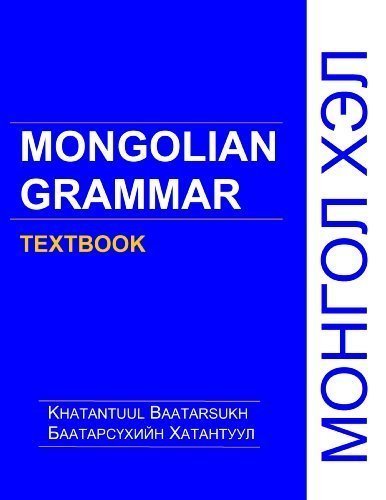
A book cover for Mongolian Grammar Textbook; Khatantuul Baatarsukh; Reference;